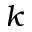
k